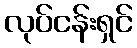
လုပ်ငန်းရှင်